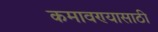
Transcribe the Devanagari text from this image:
कमावण्यासाठी